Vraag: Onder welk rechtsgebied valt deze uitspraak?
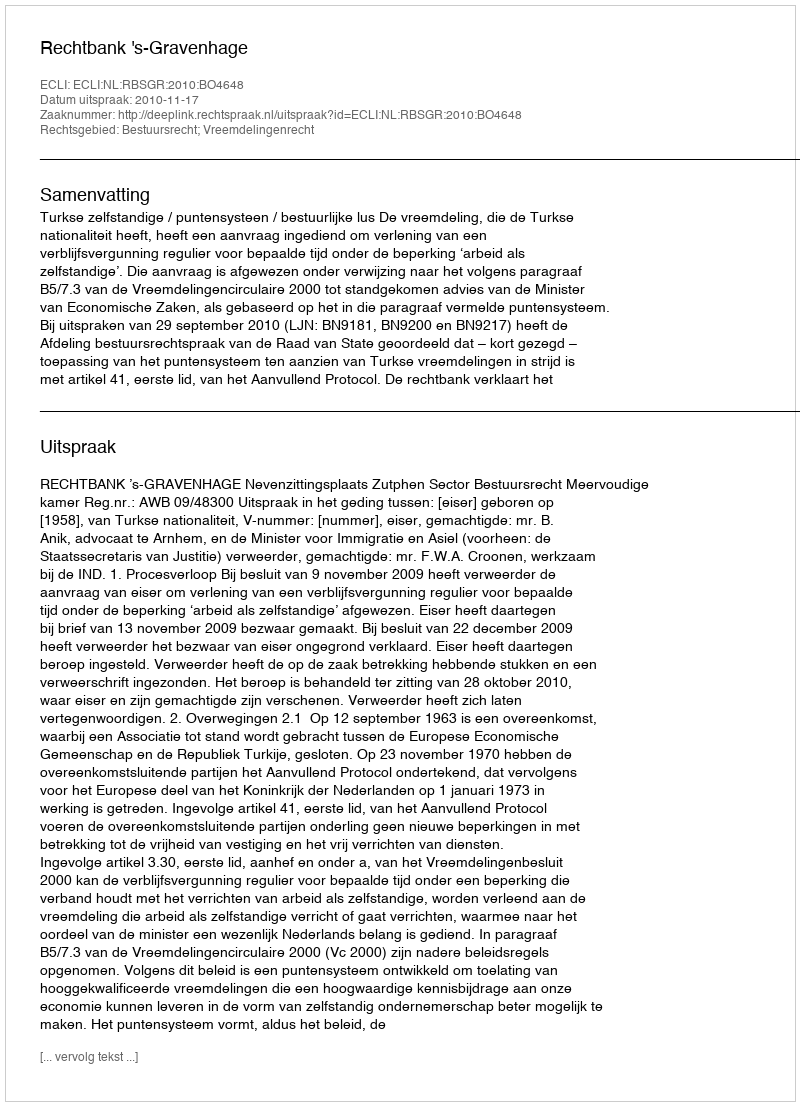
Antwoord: Bestuursrecht; Vreemdelingenrecht